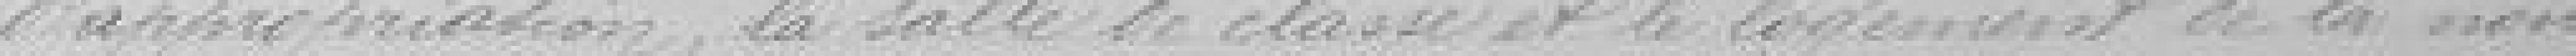
d'appropriation, la salle de classe et le logement de la nou